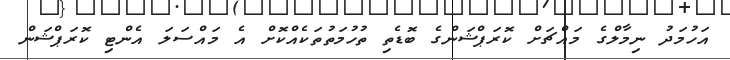
އަހުމަދު ނިމާލްގެ މައްޗަށް ކޮރަޕްޝަންގެ ބޮޑެތި ތުހުމަތުތަކެއްކޮށް އެ މައްސަލަ އެންޓި ކޮރަޕްޝަން